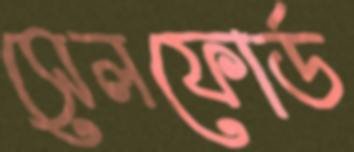
সেলফোর্ড